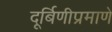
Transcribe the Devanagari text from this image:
दूर्बिणीप्रमाणे